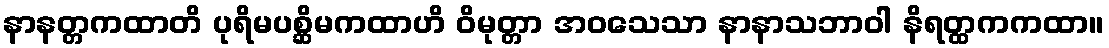
နာနတ္တကထာတိ ပုရိမပစ္ဆိမကထာဟိ ဝိမုတ္တာ အဝသေသာ နာနာသဘာဝါ နိရတ္ထကကထာ။